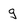
Character: g